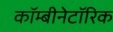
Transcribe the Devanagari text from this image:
कॉम्बीनेटॉरिक